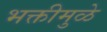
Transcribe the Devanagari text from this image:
भक्तीमुळे